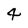
Character: 4